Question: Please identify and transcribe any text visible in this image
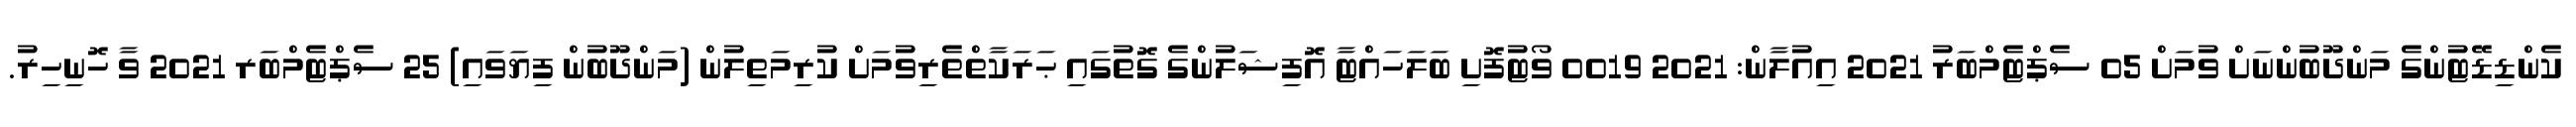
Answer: ކެންޑިޑޭޓުންގެ މަންދޫބުންނަށް ވުމަށް 05 ސެޕްޓެމްބަރު 2021 އިއުލާން: 2021 0019 ވޯޓުފޮށި ބަލަހައްޓާ އޮފިޝަލުންގެ ގޮތުގައި ޙަރަކާތްތެރިވުމަށް ކުރިމަތިލުން (މަންދޫބުން ފިޔަވައި) 25 ސެޕްޓެމްބަރ 2021 ވާ ހޮނިހިރު.